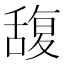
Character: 𮍼